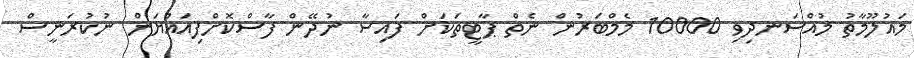
މައުލޫމާތު މުއްސަނދިވި 10000 މެމްބަރުން ނެތް ޕާޓީތަކަށް ފައިސާ ނުދޭން ފާސްކޮށްފިއައްޔަން ނުކުރަނީސް